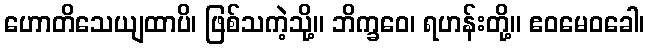
ဟောတိသေယျထာပိ၊ ဖြစ်သကဲ့သို့။ ဘိက္ခဝေ၊ ရဟန်းတို့။ ဧဝမေဝခေါ၊